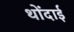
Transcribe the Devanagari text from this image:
थोंदाई